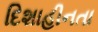
દિશાહીનતા